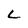
Character: L